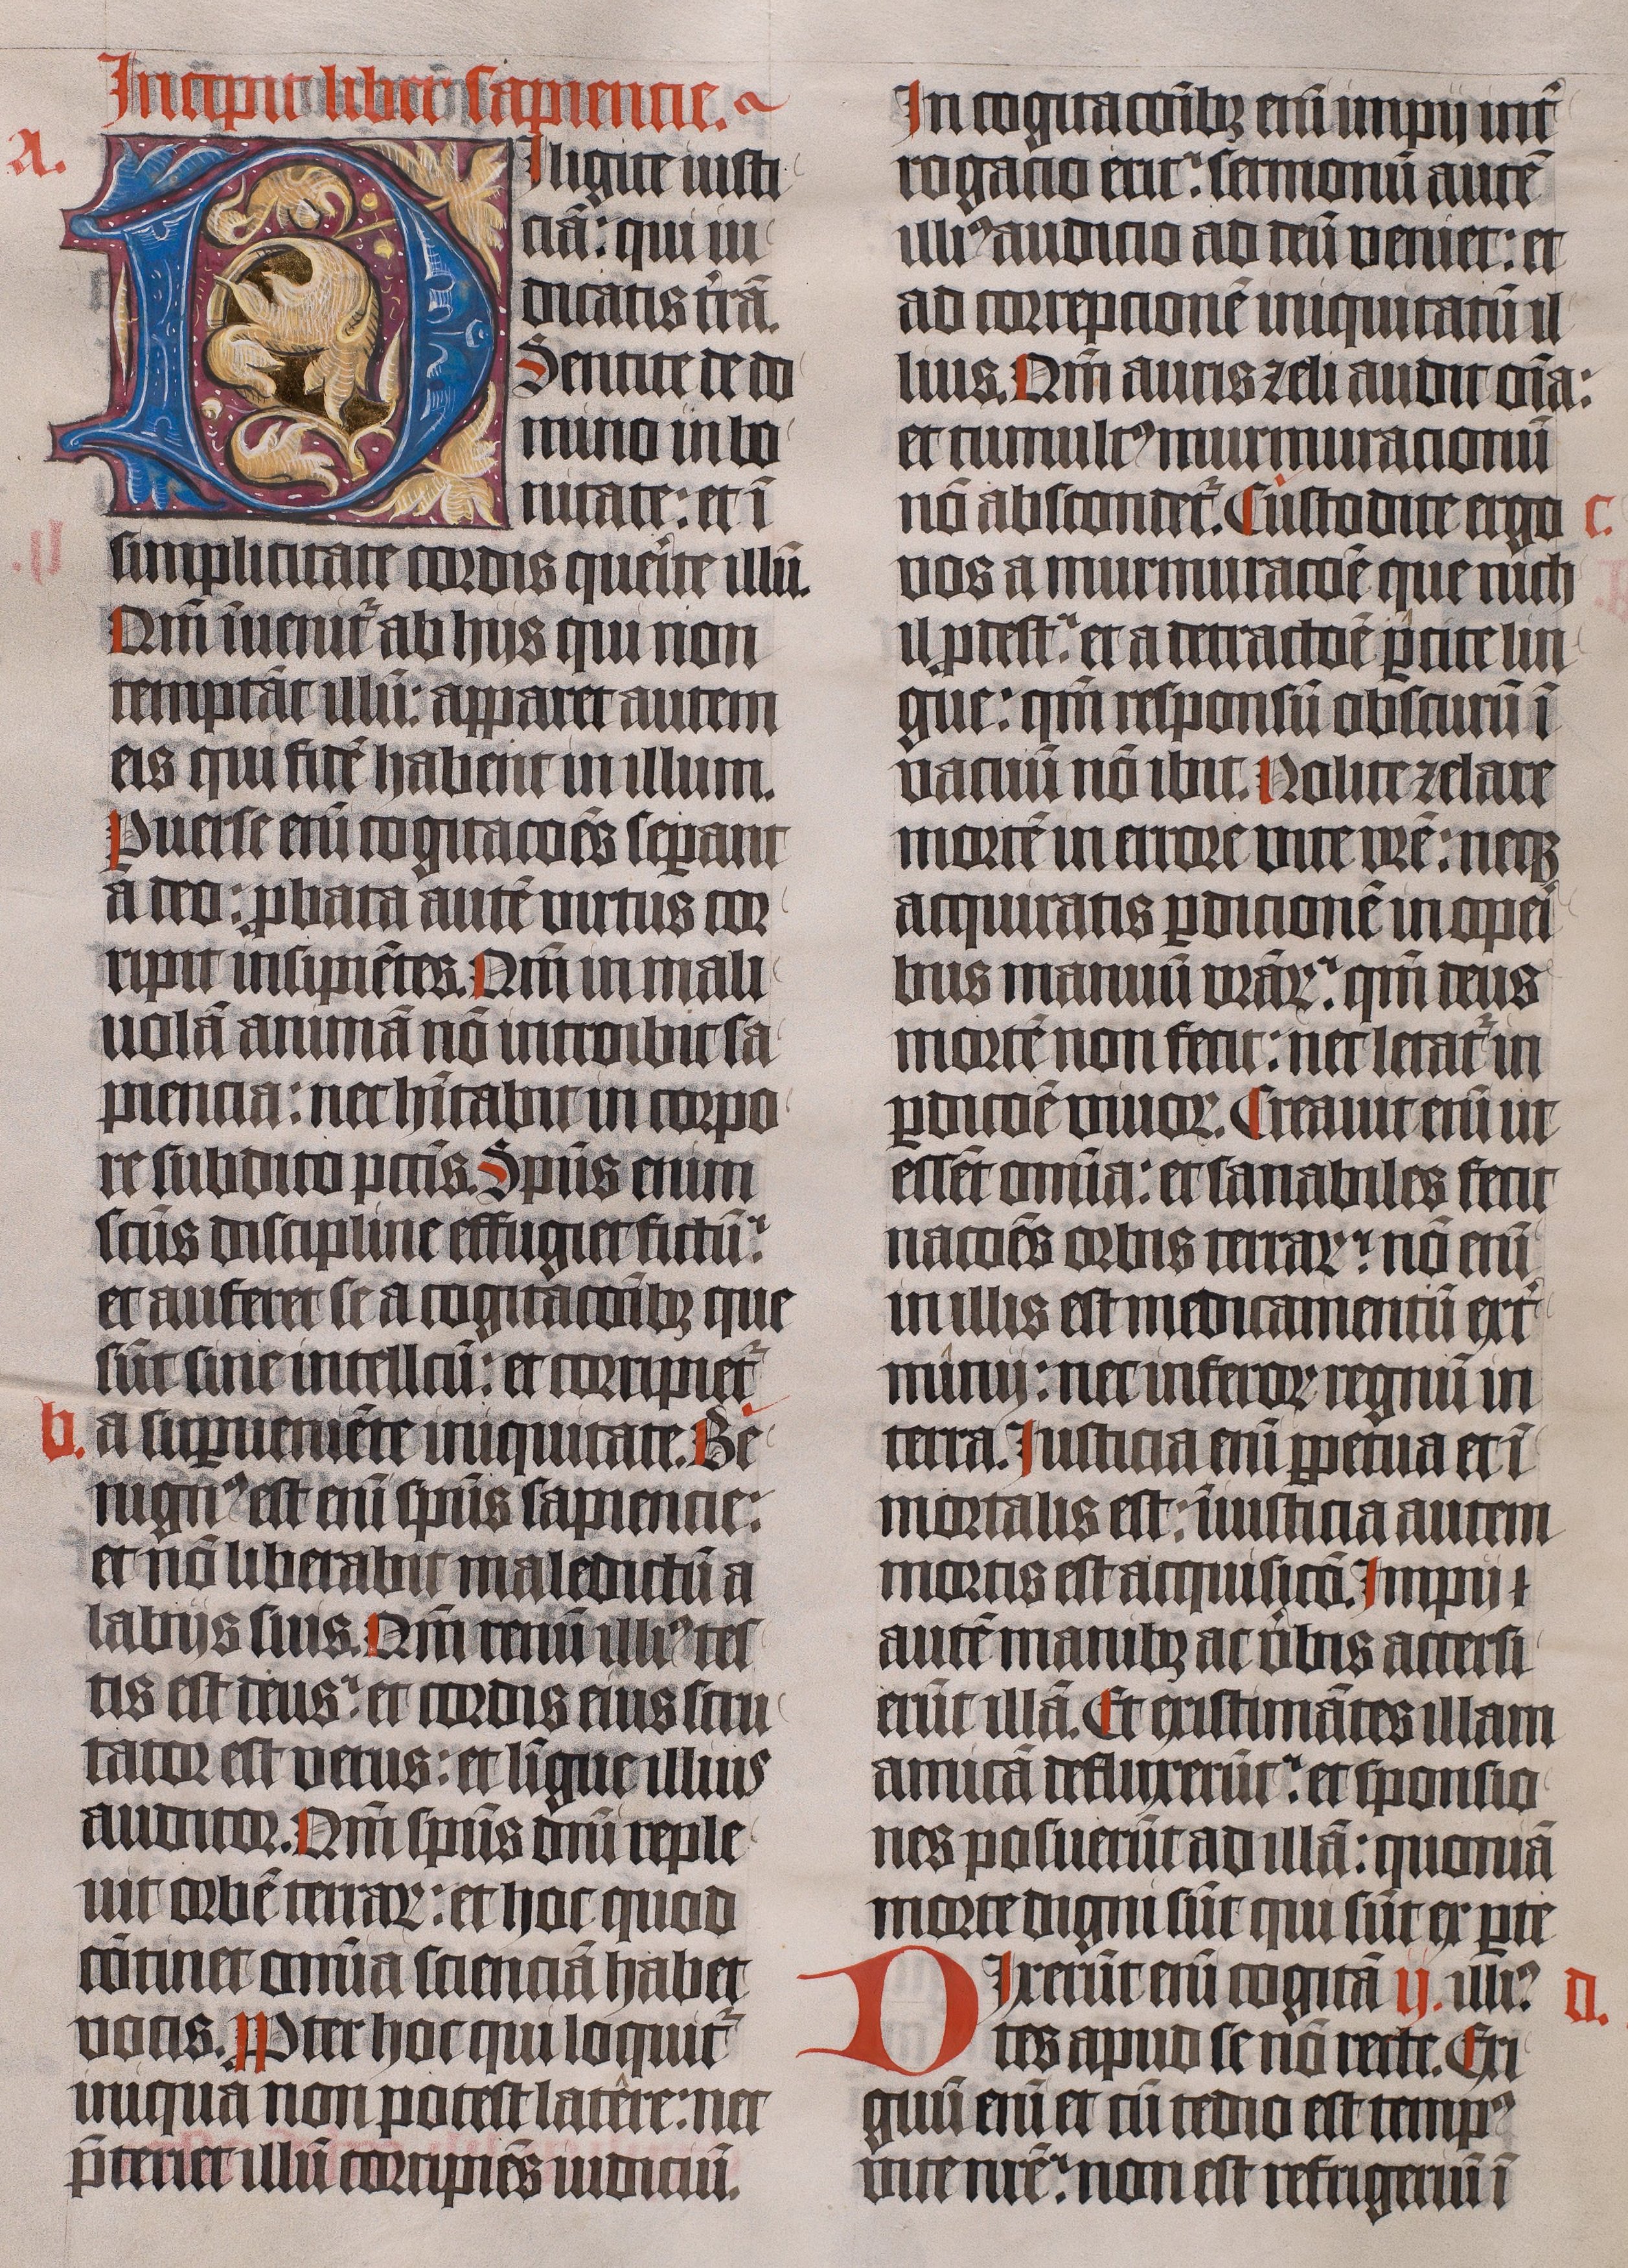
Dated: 1443–1443